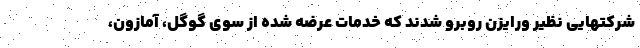
شرکتهایی نظیر ورایزن روبرو شدند که خدمات عرضه شده از سوی گوگل، آمازون،